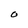
Character: O